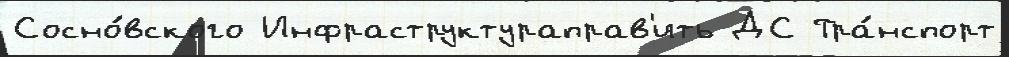
Сосно́вского Инфраструктураправ'ить ДС Тра́нспорт